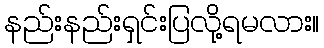
နည်းနည်းရှင်းပြလို့ရမလား။